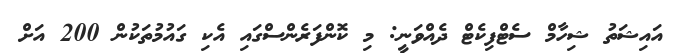
އައިޝަތު ޝިހާމް ސެޓްފިކެޓް ދެއްވަނީ: މި ކޮންފަރެންސްގައި އެކި ގައުމުތަކުން 200 އަށް